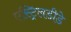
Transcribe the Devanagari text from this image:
एस्ट्रिलडीडे